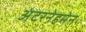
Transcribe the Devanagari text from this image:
अंटरनेहमेन